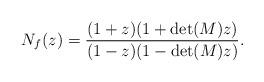
LaTeX: \begin{align*} N_f(z)=\dfrac{(1+z)(1+\det(M)z)} {(1-z)(1-\det(M)z)}. \end{align*}